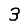
Digit: 3